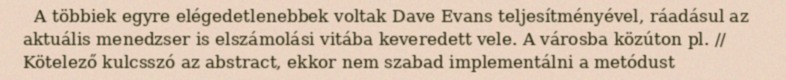
A többiek egyre elégedetlenebbek voltak Dave Evans teljesítményével, ráadásul az aktuális menedzser is elszámolási vitába keveredett vele. A városba közúton pl. // Kötelező kulcsszó az abstract, ekkor nem szabad implementálni a metódust